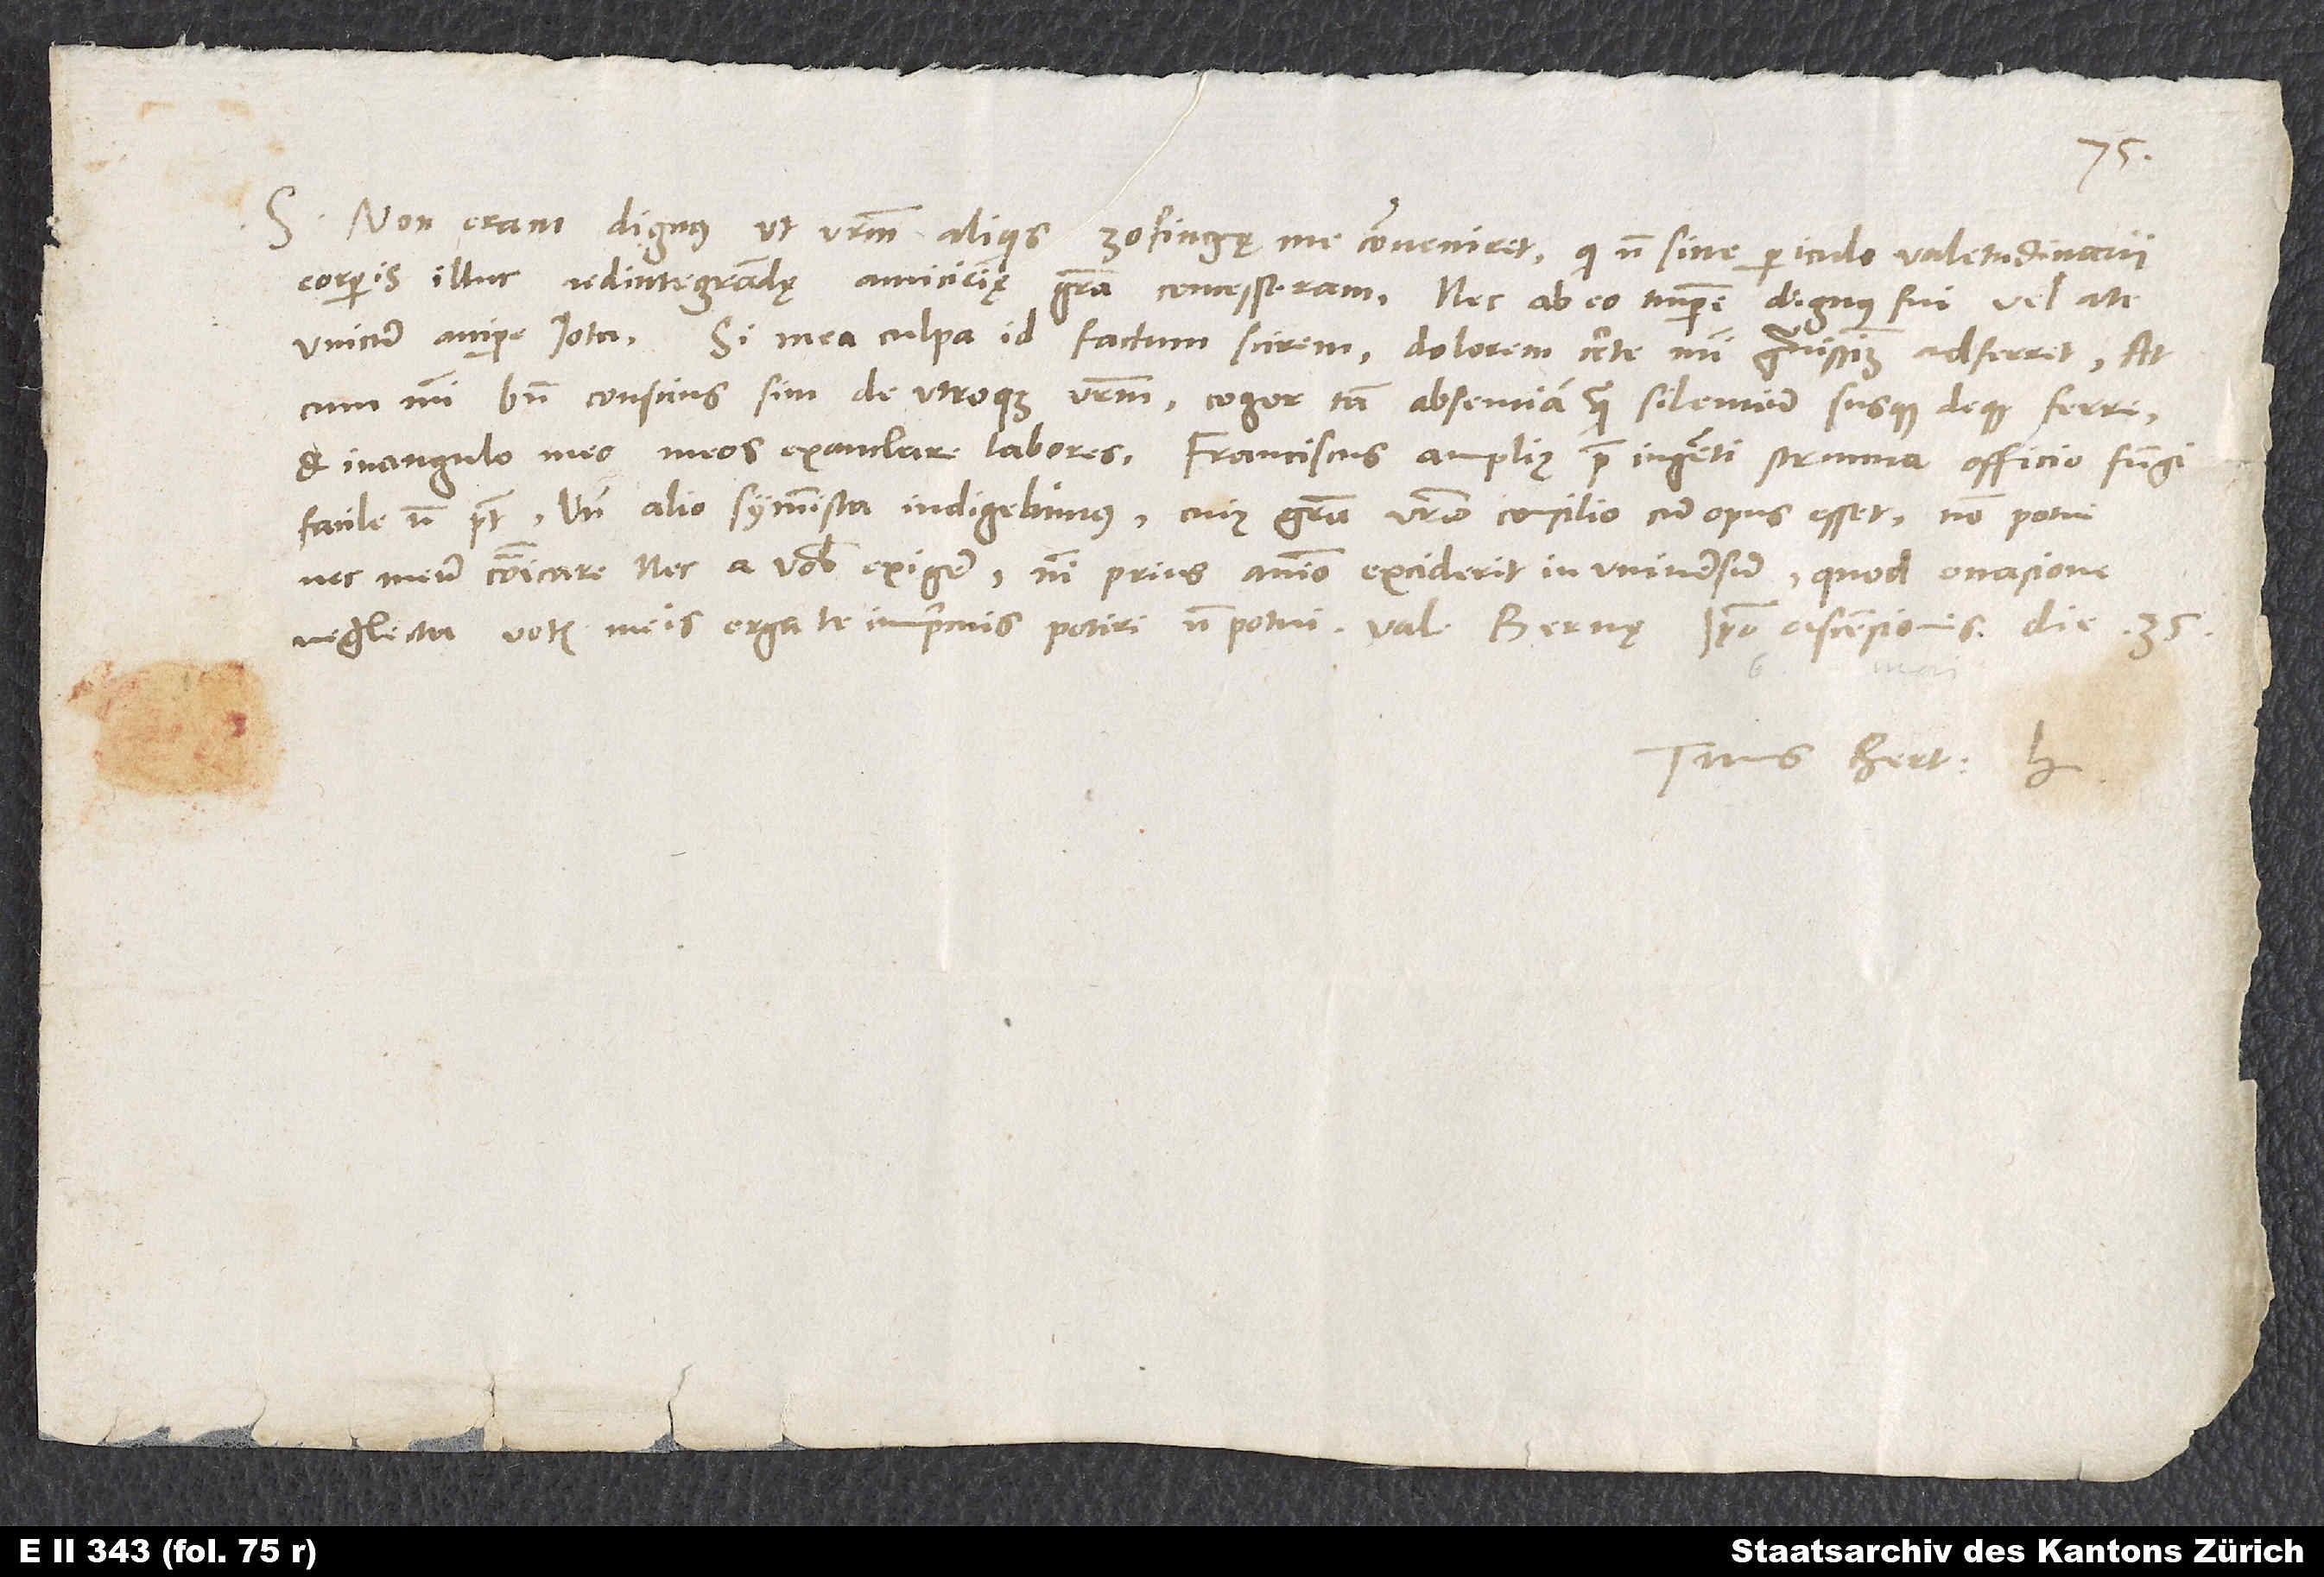
35.
S. Non eram dignus, ut vestrum aliquis Zofingę me conveniret, qui non sine periculo valetudinarii
corporis illuc redintegrandę amicicię gratia concesseram, nec ab eo tempore dignus fui vel a te
unicum accipere iota. Si mea culpa id factum scirem, dolorem certe mihi gravissimum adferret, at
cum mihi bene conscius sim de utroque vestrum, cogor tam absentiam quam silentium susque deque ferre
facile non potest, unde alio symmista indigebimus. Cuius gratia vestro consilio cum opus esset, non potui
nec meum communicare nec a vobis exigere, nisi prius animo excident in universum, quod occasione
Tuus Bert. H.